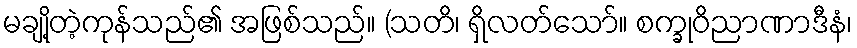
မချို့တဲ့ကုန်သည်၏ အဖြစ်သည်။ (သတိ၊ ရှိလတ်သော်။ စက္ခုဝိညာဏာဒီနံ၊